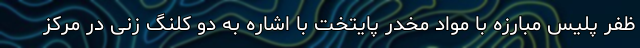
ظفر پلیس مبارزه با مواد مخدر پایتخت با اشاره به دو کلنگ زنی در مرکز